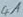
Text: 41